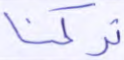
تركنا